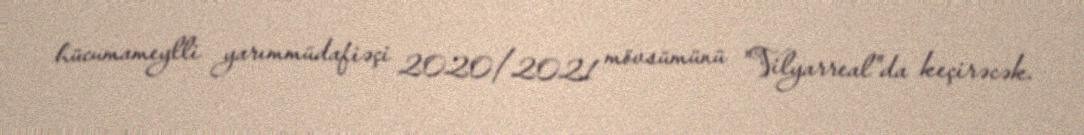
hücumameylli yarımmüdafiəçi 2020/2021 mövsümünü "Vilyarreal"da keçirəcək.